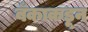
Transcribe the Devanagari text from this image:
बँकाकडून